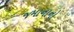
જમાનાનો